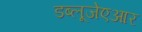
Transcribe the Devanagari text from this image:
डब्लूजेएआर